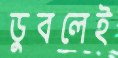
ডুবলেই